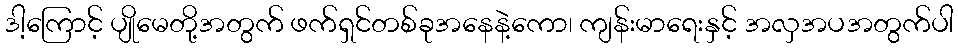
ဒါ့ကြောင့် ပျိုမေတို့အတွက် ဖက်ရှင်တစ်ခုအနေနဲ့ကော၊ ကျန်းမာရေးနှင့် အလှအပအတွက်ပါ